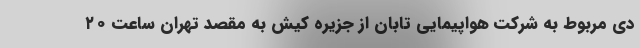
دی مربوط به شرکت هواپیمایی تابان از جزیره کیش به مقصد تهران ساعت ۲۰